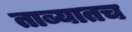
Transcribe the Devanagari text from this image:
ताब्यातच